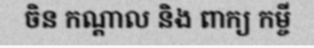
ចិន កណ្តាល និង ពាក្យ កម្ចី